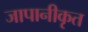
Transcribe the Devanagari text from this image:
जापानीकृत